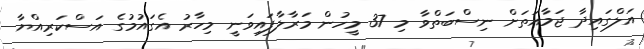
އަލްގައިދާ ޖަމާއަތަށް ނިސްބަތްވާ މި 37 މީހުން މަރާލާފައިވަނީ މިހާރު އެގައުމުގެ އަސްކަރިއްޔާ